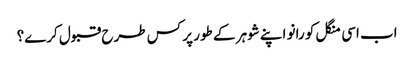
اب اسی منگل کو رانو اپنے شوہر کے طور پر کس طرح قبول کرے؟